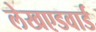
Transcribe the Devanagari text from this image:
लेखएडवार्ड